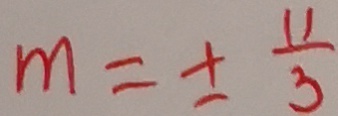
m = \pm \frac { 1 1 } { 3 }